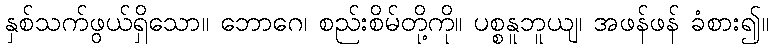
နှစ်သက်ဖွယ်ရှိသော။ ဘောဂေ၊ စည်းစိမ်တို့ကို။ ပစ္စနူဘူယျ၊ အဖန်ဖန် ခံစား၍။